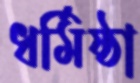
ধর্মিষ্ঠা